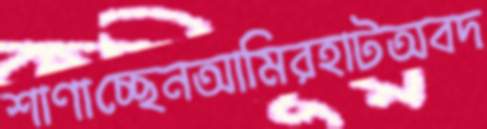
শাণাচ্ছেনআমিরহাটঅবদ